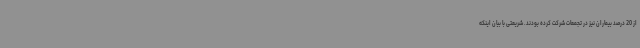
از 20 درصد بیماران نیز در تجمعات شرکت کرده بودند. شریعتی با بیان اینکه